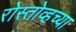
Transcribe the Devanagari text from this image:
रोस्तोव्हच्या